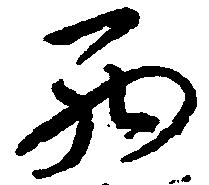
西